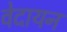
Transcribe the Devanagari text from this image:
वेदायन